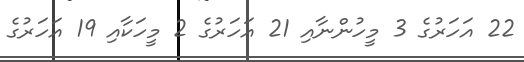
22 އަހަރުގެ 3 މީހުންނާއި 21 އަހަރުގެ 2 މީހަކާއި 19 އަހަރުގެ